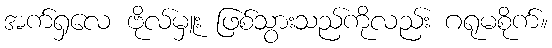
အက်ရှလေ ဗိုလ်မှူး ဖြစ်သွားသည်ကိုလည်း ဂရုမစိုက်။